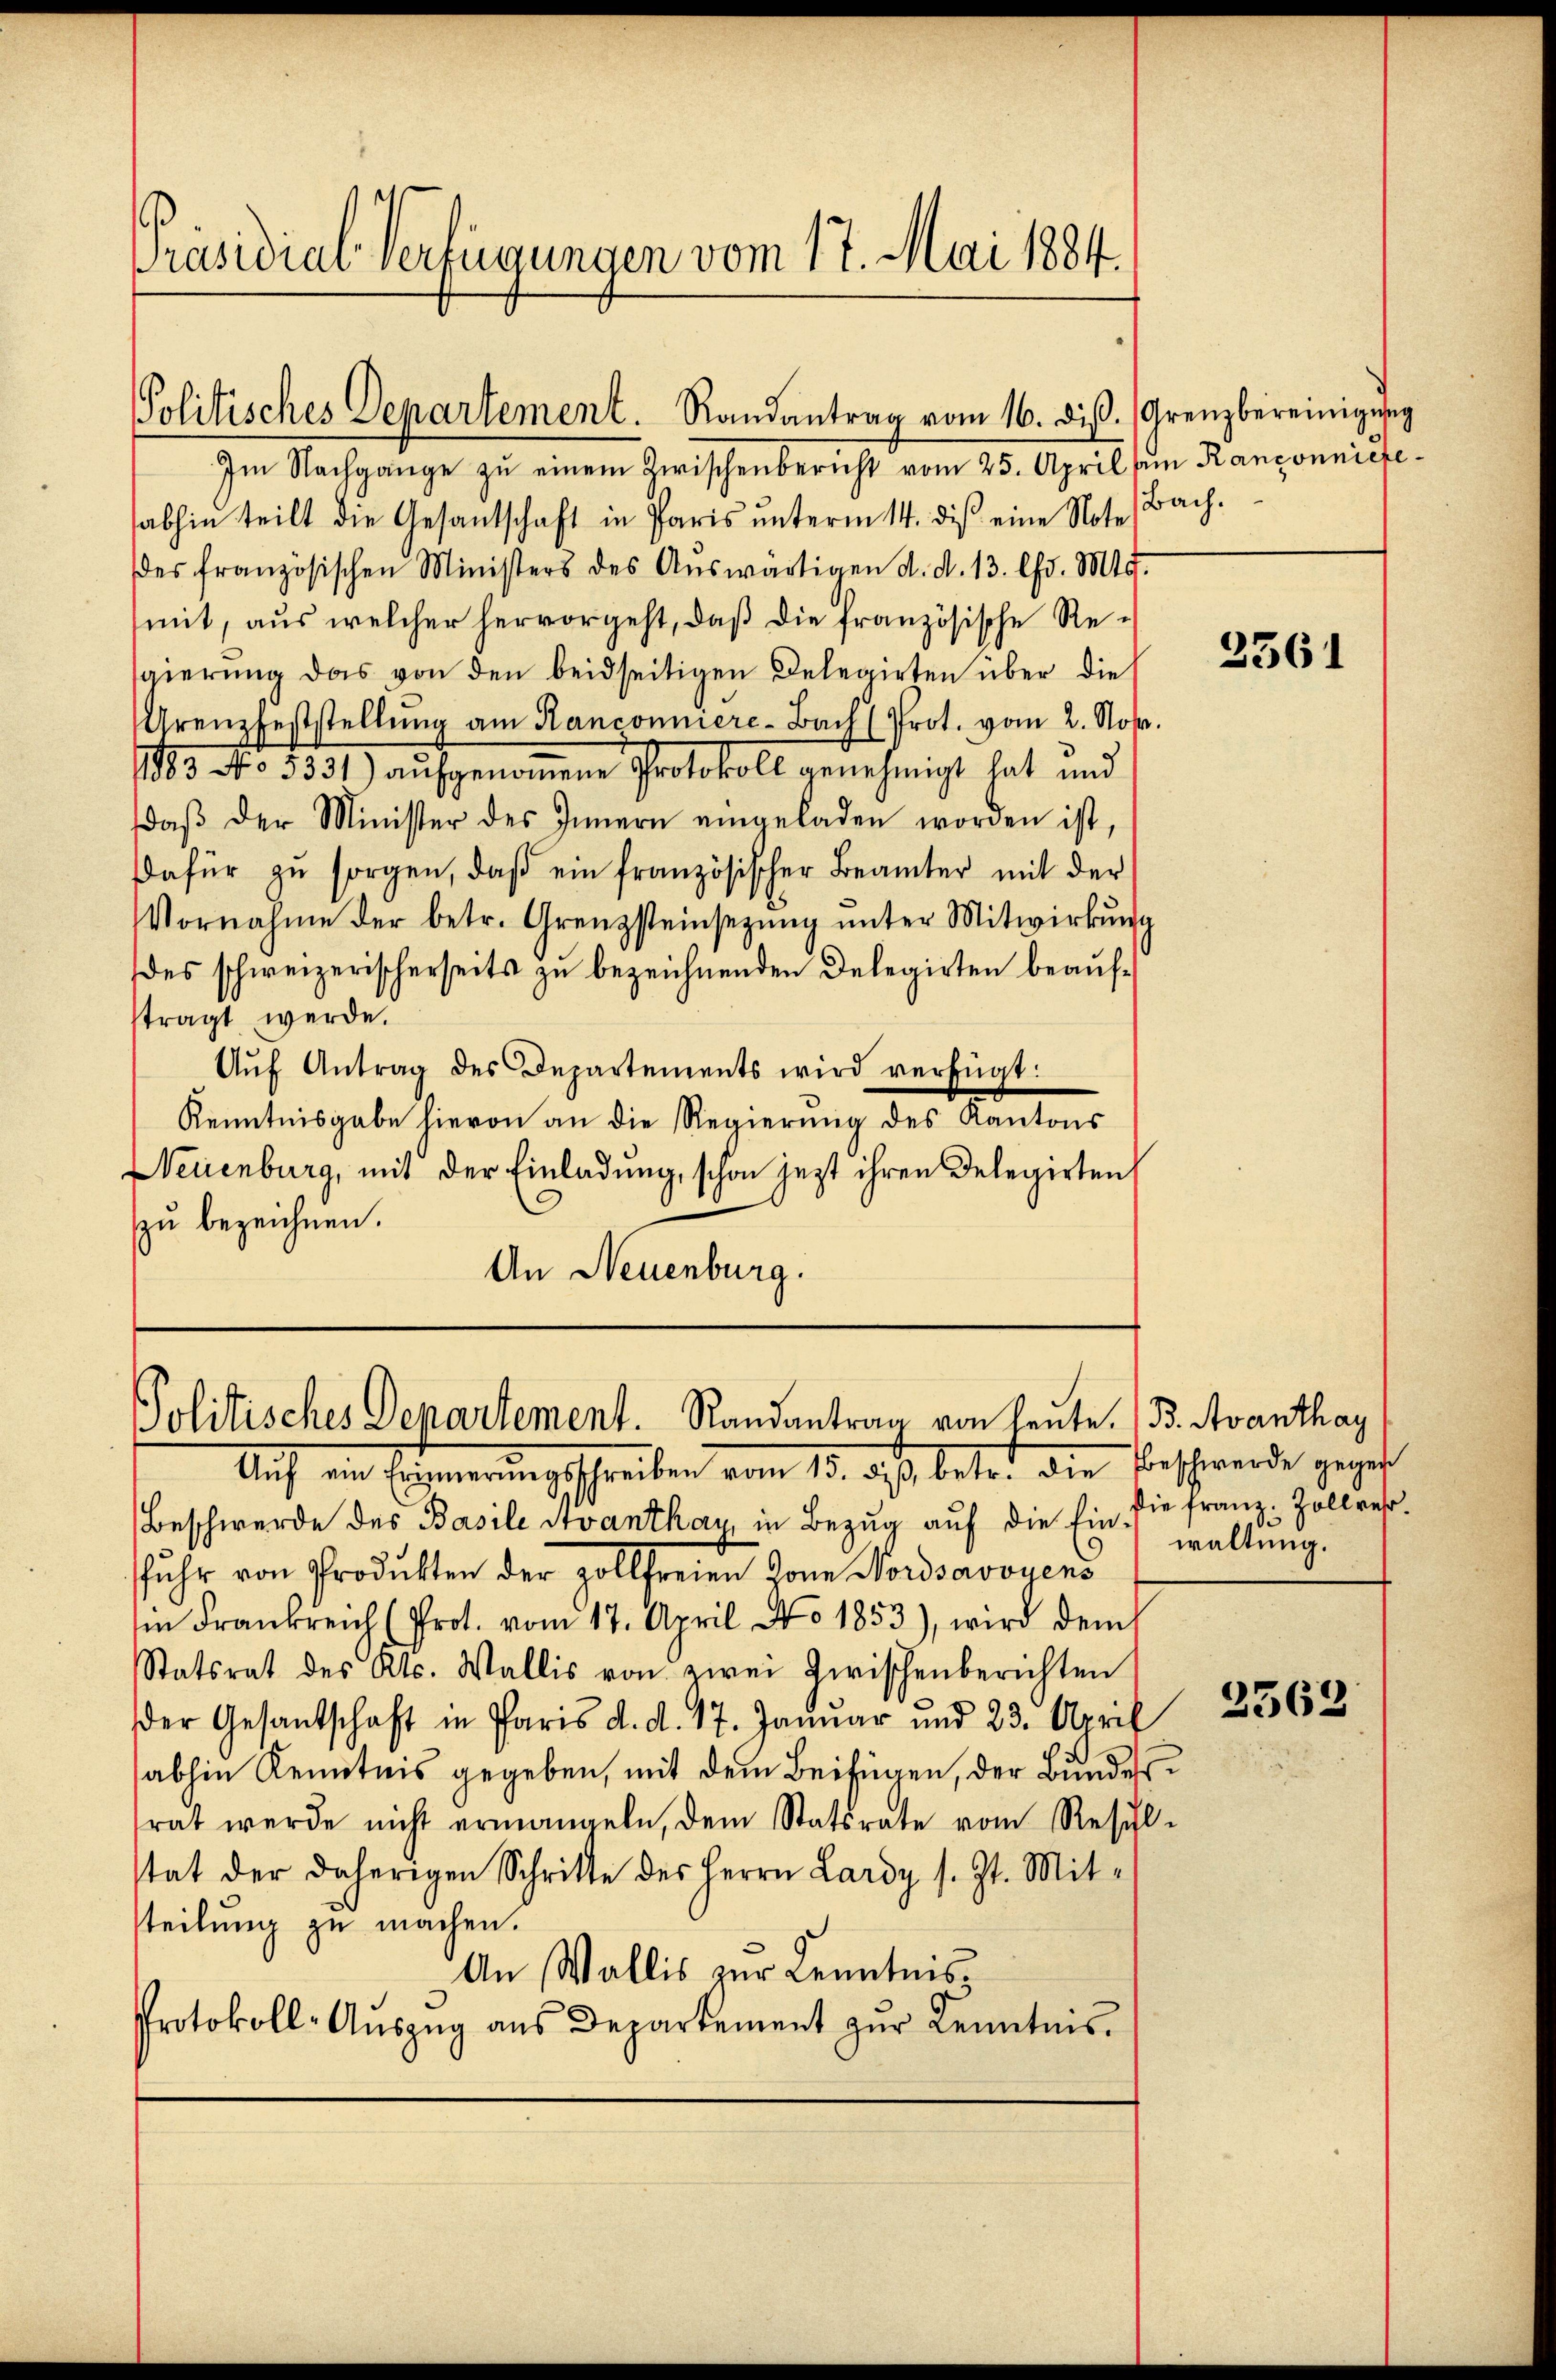
Präsidial-Verfügungen vom 17. Mai 1884.

Politisches Departement. Randantrag vom 16. diβ. (Grenzbereinigung

Im Nachgange zŭ einem Zwischenbericht vom 25. April an Kanzonniefeabhin teilt die Gesantschaft in Paris ŭnterm 14. diβ eine Note Bach.
des französischen Ministers des Aŭswärtigen d. d. 13. lfd. Mts.
mit, aus welcher hervorgeht, daß die französische Regierŭng das von den beidseitigen Delegirten über die
Grenzfeststellŭng am Hanconiere-Bach Prot. vom 2. Nov.
1883 No 5331) aufgenom̅ene Protokoll genehmigt hat und
daβ der Minister des Innern eingeladen worden ist,
dafür zŭ sorgen, daβ ein französischer Beamter mit der
Vornahme der betr. Grenzsteinsetzŭng ŭnter Mitwirkŭng
des schweizerischerseits zu bezeichnenden Delegirten beaufstragt werde.
Aŭf Antrag des Departements wird verfügt:
Kenntnisgabe hievon an die Regierung des Kantons
Neuenburg, mit der Einladung, schon jezt ihren Delegirten
zu bezeichnen.
An Neuenburg.

Politisches Departement. Randantrag von heute. (B. Avanthay

Auf ein Erinnerungschreiben vom 15. ds. betr. die Beschwende gegen
Beschwerde des Basile devanthan, in Bezug auf die Ein sie franz: Zollverfuhr von Produkten der Zollfreien von Nordsavoyens
in Frankreich (Prot. vom 17. April No 1853), wird dem
Statsrat des Kts. Wallis von zwei Zwischenberichten
der Gesantschaft in Paris d. d. 17. Januar und 23. April
abhin Kenntnis gegeben, mit dem Beifügen, der Bundesrat werde nicht ermangeln, dem Statsrate vom Resul-
stat der daherigen Schritte des Herrn Lardy s. Zt. Mitsteilung zu machen.
An Wallis zur Kenntnis¬
Protokoll- Aŭszŭg ans Departement zŭr Kenntnis.

waltung.

2561

2562